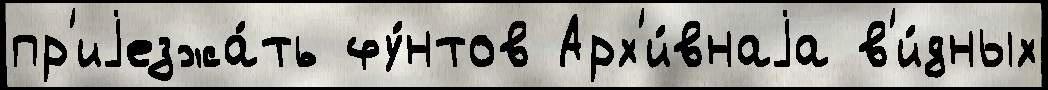
пр'иjезжа́ть фу́нтов Арх'и́внаjа в'и́дных